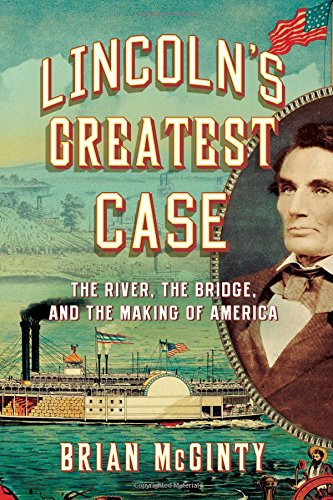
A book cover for Lincoln's Greatest Case: The River, the Bridge, and the Making of America; Brian McGinty; Law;